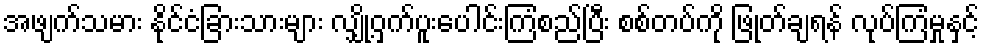
အဖျက်သမား နိုင်ငံခြားသားများ လျှို့ဝှက်ပူးပေါင်းကြံစည်ပြီး စစ်တပ်ကို ဖြုတ်ချရန် လုပ်ကြံမှုနှင့်